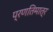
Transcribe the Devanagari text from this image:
प्रणतिमात्र